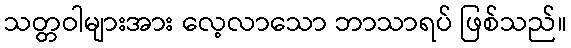
သတ္တဝါများအား လေ့လာသော ဘာသာရပ် ဖြစ်သည်။